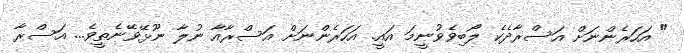
" އަހަރެންނަށް އަސްރާދެކެ ލޯބިވެވުނީމަ އައީ. އަހަރެންނަށް އަސްރާއާ ނުލާ ނޫޅޭވޭނެތީވެ... އަސްރާ